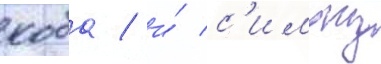
коба / и́ с'имону